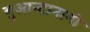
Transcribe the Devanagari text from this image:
गुआन्टानामो